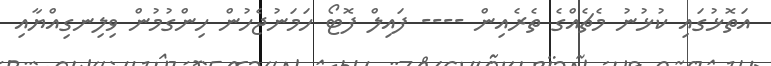
އަތޮޅުގައި ކުޅުނު މެޗެއްގެ ތެރެއިން ---- ފައިލް ފޮޓޯ ހަމަނުޖެހުން ހިންގުމުން ވިލިނގިއްޔާއި